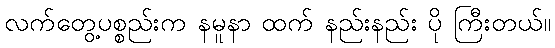
လက်တွေ့ပစ္စည်းက နမူနာ ထက် နည်းနည်း ပို ကြီးတယ်။